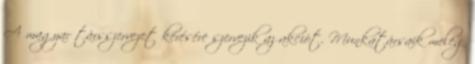
A magyar társszervezet kérésére szervezik az akciót. Munkatársaik meleg